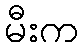
မီးက